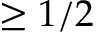
\geq 1 / 2